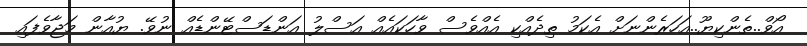
އޯވް..ތެންކިޔޫ..އަހަރެންނަށް އެކަމު ތިދެއްކި އެއްވެސް ވާހަކައެއް އަސްލު އަންޑަސްޓޭންޑެއް ނުވޭ. ޔުއާން މަޖާވެފައި